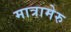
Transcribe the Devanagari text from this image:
मात्रामेरु